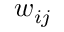
w _ { i j }